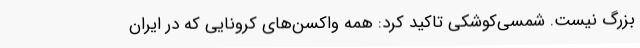
بزرگ نیست. شمسی‌کوشکی تاکید کرد: همه واکسن‌های کرونایی که در ایران